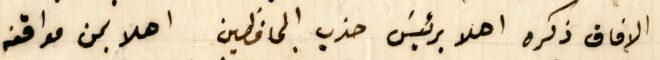
الافاق ذكره اهلا برئيسَ حزب المحافظين اهلا بمن مواقفه